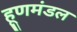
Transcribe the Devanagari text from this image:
हूणमंडल